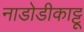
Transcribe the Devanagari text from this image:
नाडोडीकाट्टू